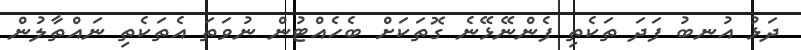
ދަޅު އުނބު ފަދަ ތަކެތި ފެންނޭޅޭނެ ގޮތަކަށް ބެހެއްޓުން ނުވަތަ އެތަކެތި ނައްތާލުން